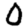
Digit: 0